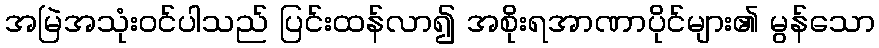
အမြဲအသုံးဝင်ပါသည် ပြင်းထန်လာ၍ အစိုးရအာဏာပိုင်များ၏ မွန်သော